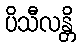
ပိသီလန္တိ